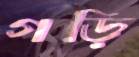
গড়ি